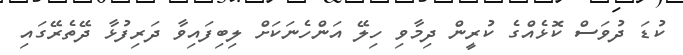
ކުޑަ ދުވަސް ކޮޅެއްގެ ކުރީން ދިމާވި ހިލޭ އަންހެނަކަށް ލިބިފައިވާ ދަރިފުޅާ ދޭތެރޭގައި